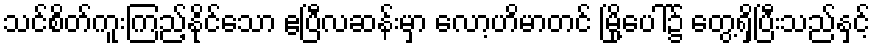
သင်စိတ်ကူးကြည့်နိုင်သော ဧပြီလဆန်းမှာ လော့ဟိမာတင် မြို့ပေါ်၌ တွေ့ရှိပြီးသည်နှင့်